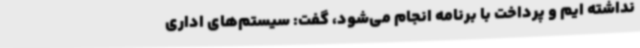
نداشته ایم و پرداخت با برنامه انجام می‌شود، گفت: سیستم‌های اداری